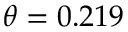
\theta = 0 . 2 1 9